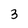
Character: 3